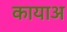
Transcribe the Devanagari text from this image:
कायाअ